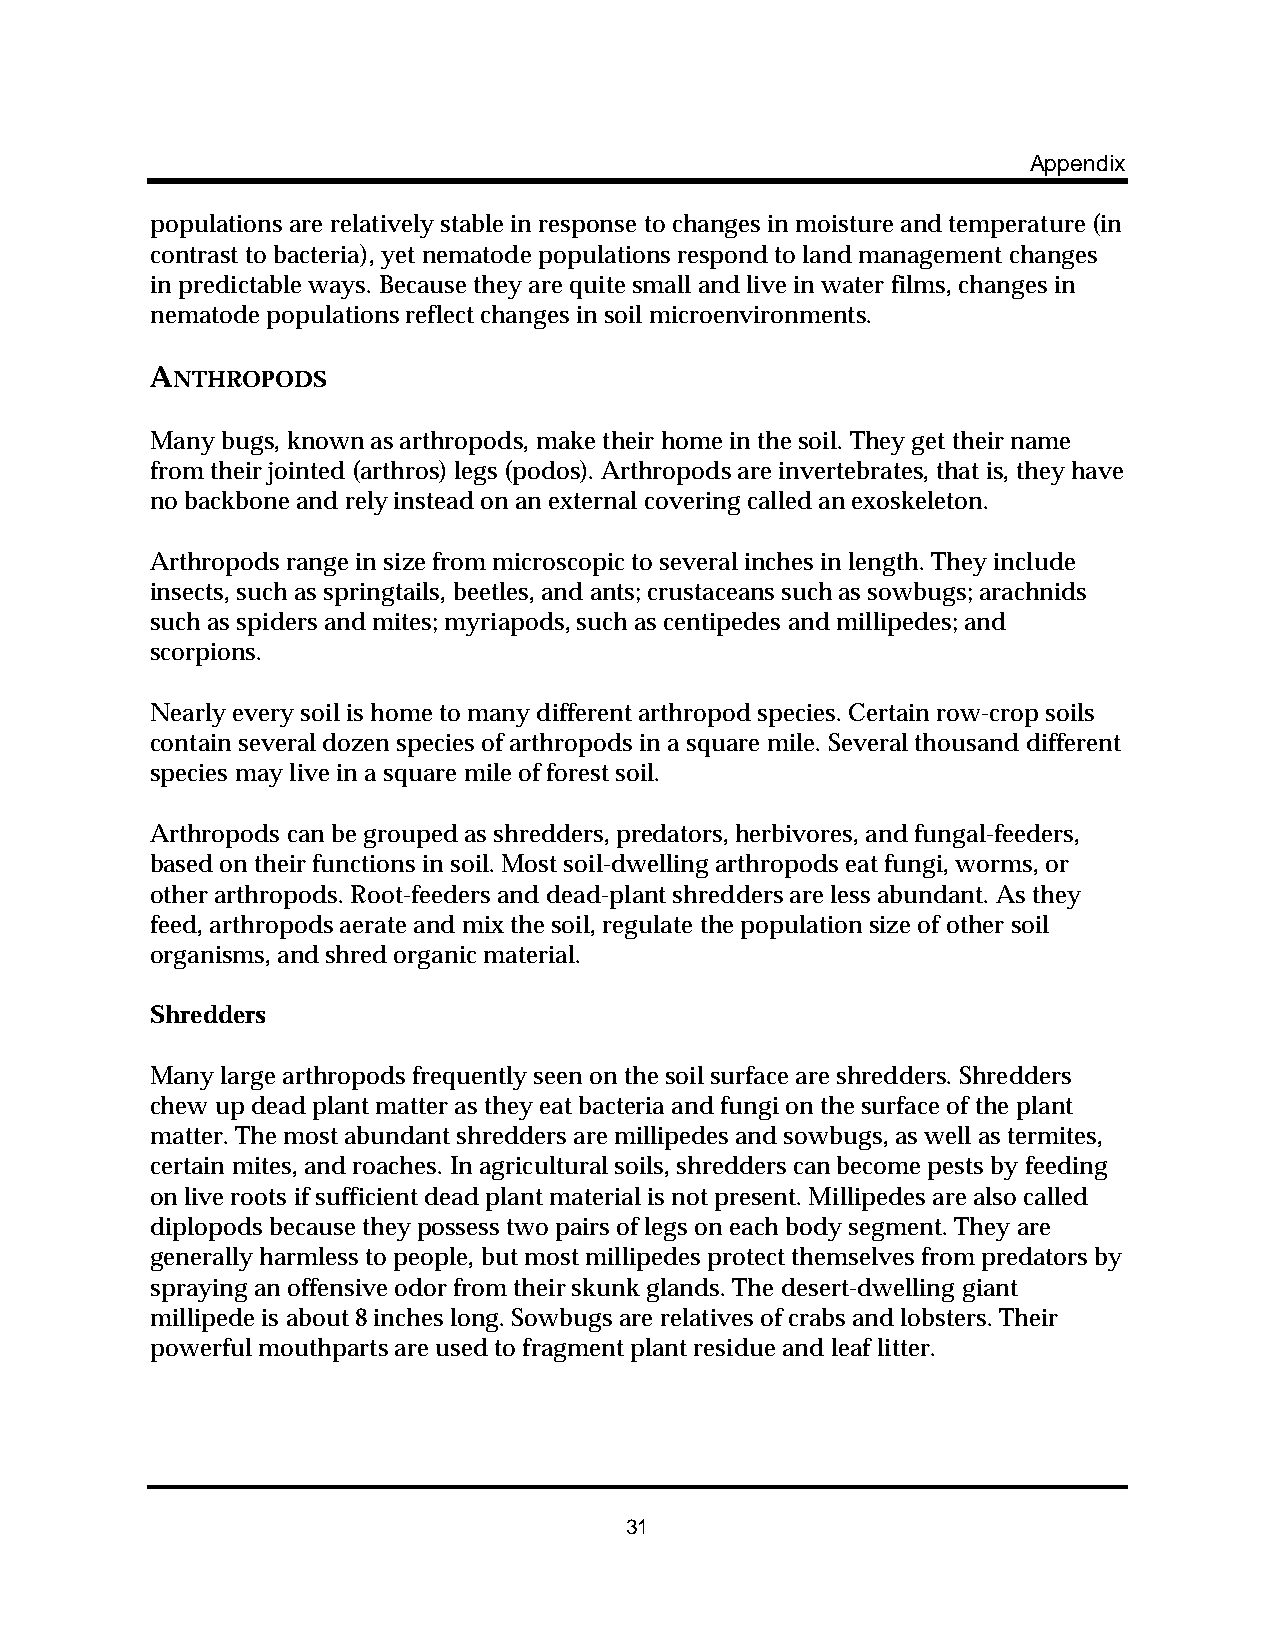
Appendix
 populations are relatively stable in response to changes in moisture and temperature (in
 contrast to bacteria), yet nematode populations respond to land management changes
 in predictable ways. Because they are quite small and live in water films, changes in
 nematode populations reflect changes in soil microenvironments.
 ANTHROPODS
 Many bugs, known as arthropods, make their home in the soil. They get their name
 from their jointed (arthros) legs (podos). Arthropods are invertebrates, that is, they have
 no backbone and rely instead on an external covering called an exoskeleton.
 Arthropods range in size from microscopic to several inches in length. They include
 insects, such as springtails, beetles, and ants; crustaceans such as sowbugs; arachnids
 such as spiders and mites; myriapods, such as centipedes and millipedes; and
 scorpions.
 Nearly every soil is home to many different arthropod species. Certain row-crop soils
 contain several dozen species of arthropods in a square mile. Several thousand different
 species may live in a square mile of forest soil.
 Arthropods can be grouped as shredders, predators, herbivores, and fungal-feeders,
 based on their functions in soil. Most soil-dwelling arthropods eat fungi, worms, or
 other arthropods. Root-feeders and dead-plant shredders are less abundant. As they
 feed, arthropods aerate and mix the soil, regulate the population size of other soil
 organisms, and shred organic material.
 Shredders
 Many large arthropods frequently seen on the soil surface are shredders. Shredders
 chew up dead plant matter as they eat bacteria and fungi on the surface of the plant
 matter. The most abundant shredders are millipedes and sowbugs, as well as termites,
 certain mites, and roaches. In agricultural soils, shredders can become pests by feeding
 on live roots if sufficient dead plant material is not present. Millipedes are also called
 diplopods because they possess two pairs of legs on each body segment. They are
 generally harmless to people, but most millipedes protect themselves from predators by
 spraying an offensive odor from their skunk glands. The desert-dwelling giant
 millipede is about 8 inches long. Sowbugs are relatives of crabs and lobsters. Their
 powerful mouthparts are used to fragment plant residue and leaf litter.
 31